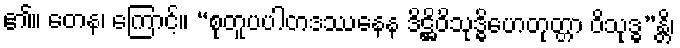
၏။ တေန၊ ကြောင့်။ “စုတူပပါတဒဿနေန ဒိဋ္ဌိဝိသုဒ္ဓိဟေတုတ္တာ ဝိသုဒ္ဓ”န္တိ၊